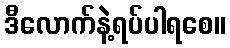
ဒီလောက်နဲ့ရပ်ပါရစေ။